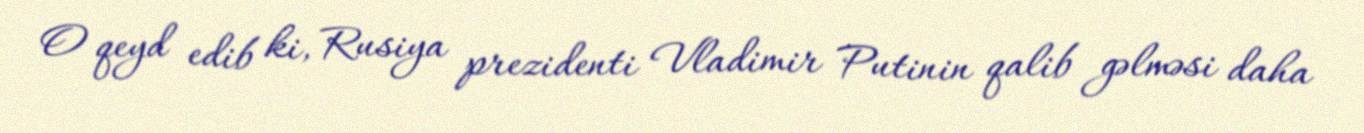
O qeyd edib ki, Rusiya prezidenti Vladimir Putinin qalib gəlməsi daha